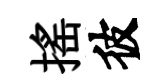
揺彼